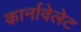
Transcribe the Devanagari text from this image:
कार्नावेलेट